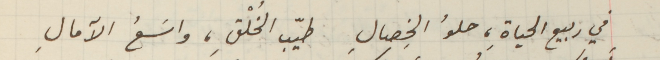
في ربيع الحياةِ، حلوُ الخصالِ طيّب الخُلْقِ، واسَعُ الآمالِ